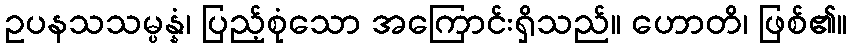
ဥပနသသမ္ပန္နံ၊ ပြည့်စုံသော အကြောင်းရှိသည်။ ဟောတိ၊ ဖြစ်၏။